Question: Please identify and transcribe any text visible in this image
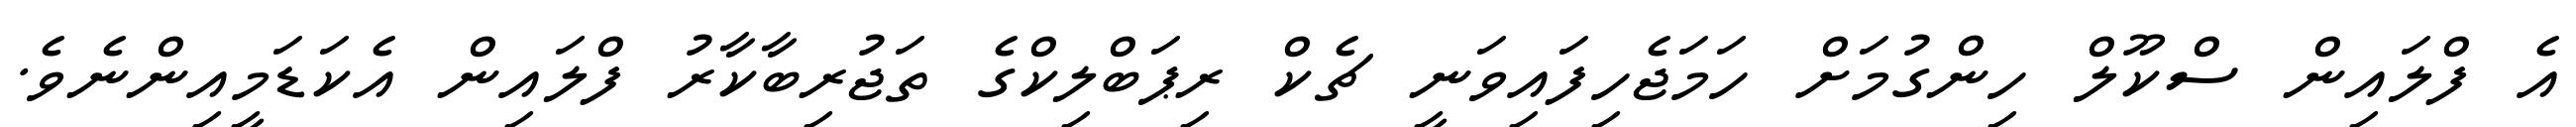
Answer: އެ ފްލައިން ސްކޫލް ހިންގުމަށް ހަމަޖެހިފައިވަނީ ޗެކް ރިޕަބްލިކްގެ ތަޖުރިބާކާރު ފްލައިން އެކަޑަމީއިންނެވެ.